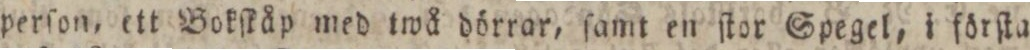
perſon, ett Bokſkåp med twå dörrar, ſamt en ſtor Spegel, i förſta